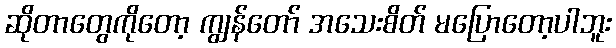
ဆိုတာတွေကိုတော့ ကျွန်တော် အသေးစိတ် မပြောတော့ပါဘူး